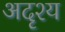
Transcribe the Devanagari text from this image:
अदॄश्य